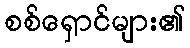
စစ်ရှောင်များ၏